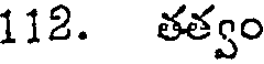
112. తత్వం